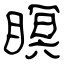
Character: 瞑